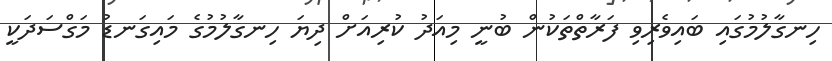
ހިނގާލުމުގައި ބައިވެރިވި ފަރާތްތަކުން ބުނީ މިއަދު ކުރިއަށް ދިޔަ ހިނގާލުމުގެ މައިގަނޑު މަގްސަދަކީ